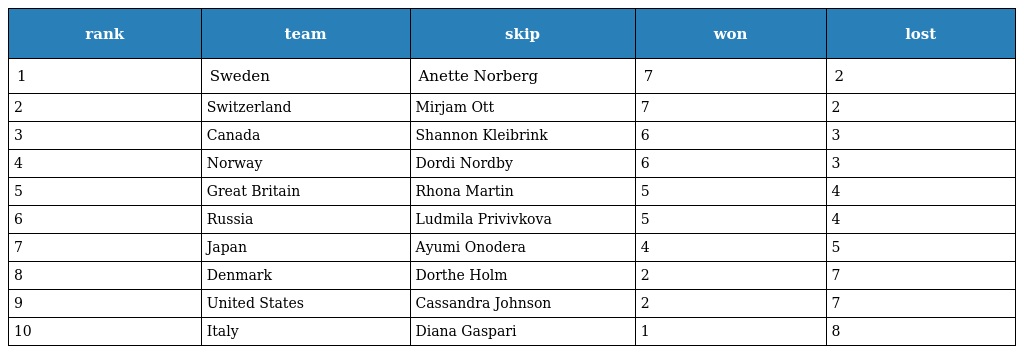
| rank | team | skip | won | lost |
 | --- | --- | --- | --- | --- |
 | 1 | Sweden | Anette Norberg | 7 | 2 |
 | 2 | Switzerland | Mirjam Ott | 7 | 2 |
 | 3 | Canada | Shannon Kleibrink | 6 | 3 |
 | 4 | Norway | Dordi Nordby | 6 | 3 |
 | 5 | Great Britain | Rhona Martin | 5 | 4 |
 | 6 | Russia | Ludmila Privivkova | 5 | 4 |
 | 7 | Japan | Ayumi Onodera | 4 | 5 |
 | 8 | Denmark | Dorthe Holm | 2 | 7 |
 | 9 | United States | Cassandra Johnson | 2 | 7 |
 | 10 | Italy | Diana Gaspari | 1 | 8 |